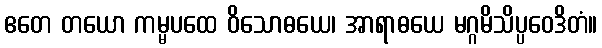
ဧတေ တယော ကမ္မပထေ ဝိသောဓယေ၊ အာရာဓယေ မဂ္ဂမိသိပ္ပဝေဒိတံ။